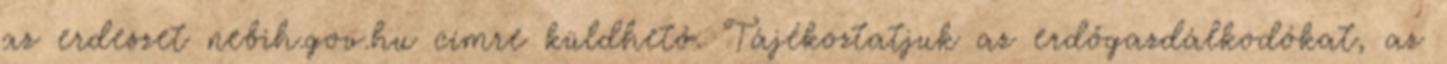
az erdeszet nebih.gov.hu címre küldhető. Tájékoztatjuk az erdőgazdálkodókat, az